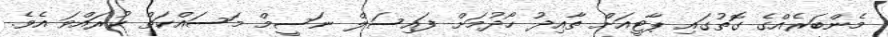
މެންބަރެއްގެ ގޮތުގައި ޕާޓީއަށް ތާއިދު ހޯދުމަށް ފައިސަލް ނަސީމް މަސައްކަތް ކުރައްވަ އެވެ.